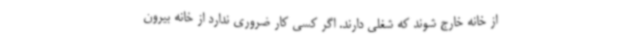
از خانه خارج شوند که شغلی دارند. اگر کسی کار ضروری ندارد از خانه بیرون